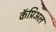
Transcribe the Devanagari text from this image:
कॅप्रिअल